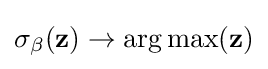
\sigma _{\beta }(\mathbf {z} )\to \operatorname {arg\,max} (\mathbf {z} )